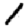
Digit: 1